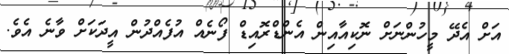
އަށް އެދޭ މީހުންނަށް ނޮކިއާއިން އެންޑްރޮއިޑް ފޯނެއް އުފެއްދުން އީދަކަށް ވާނެ އެވެ.